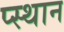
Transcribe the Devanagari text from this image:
प्स्थान